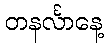
တနင်္လာနေ့